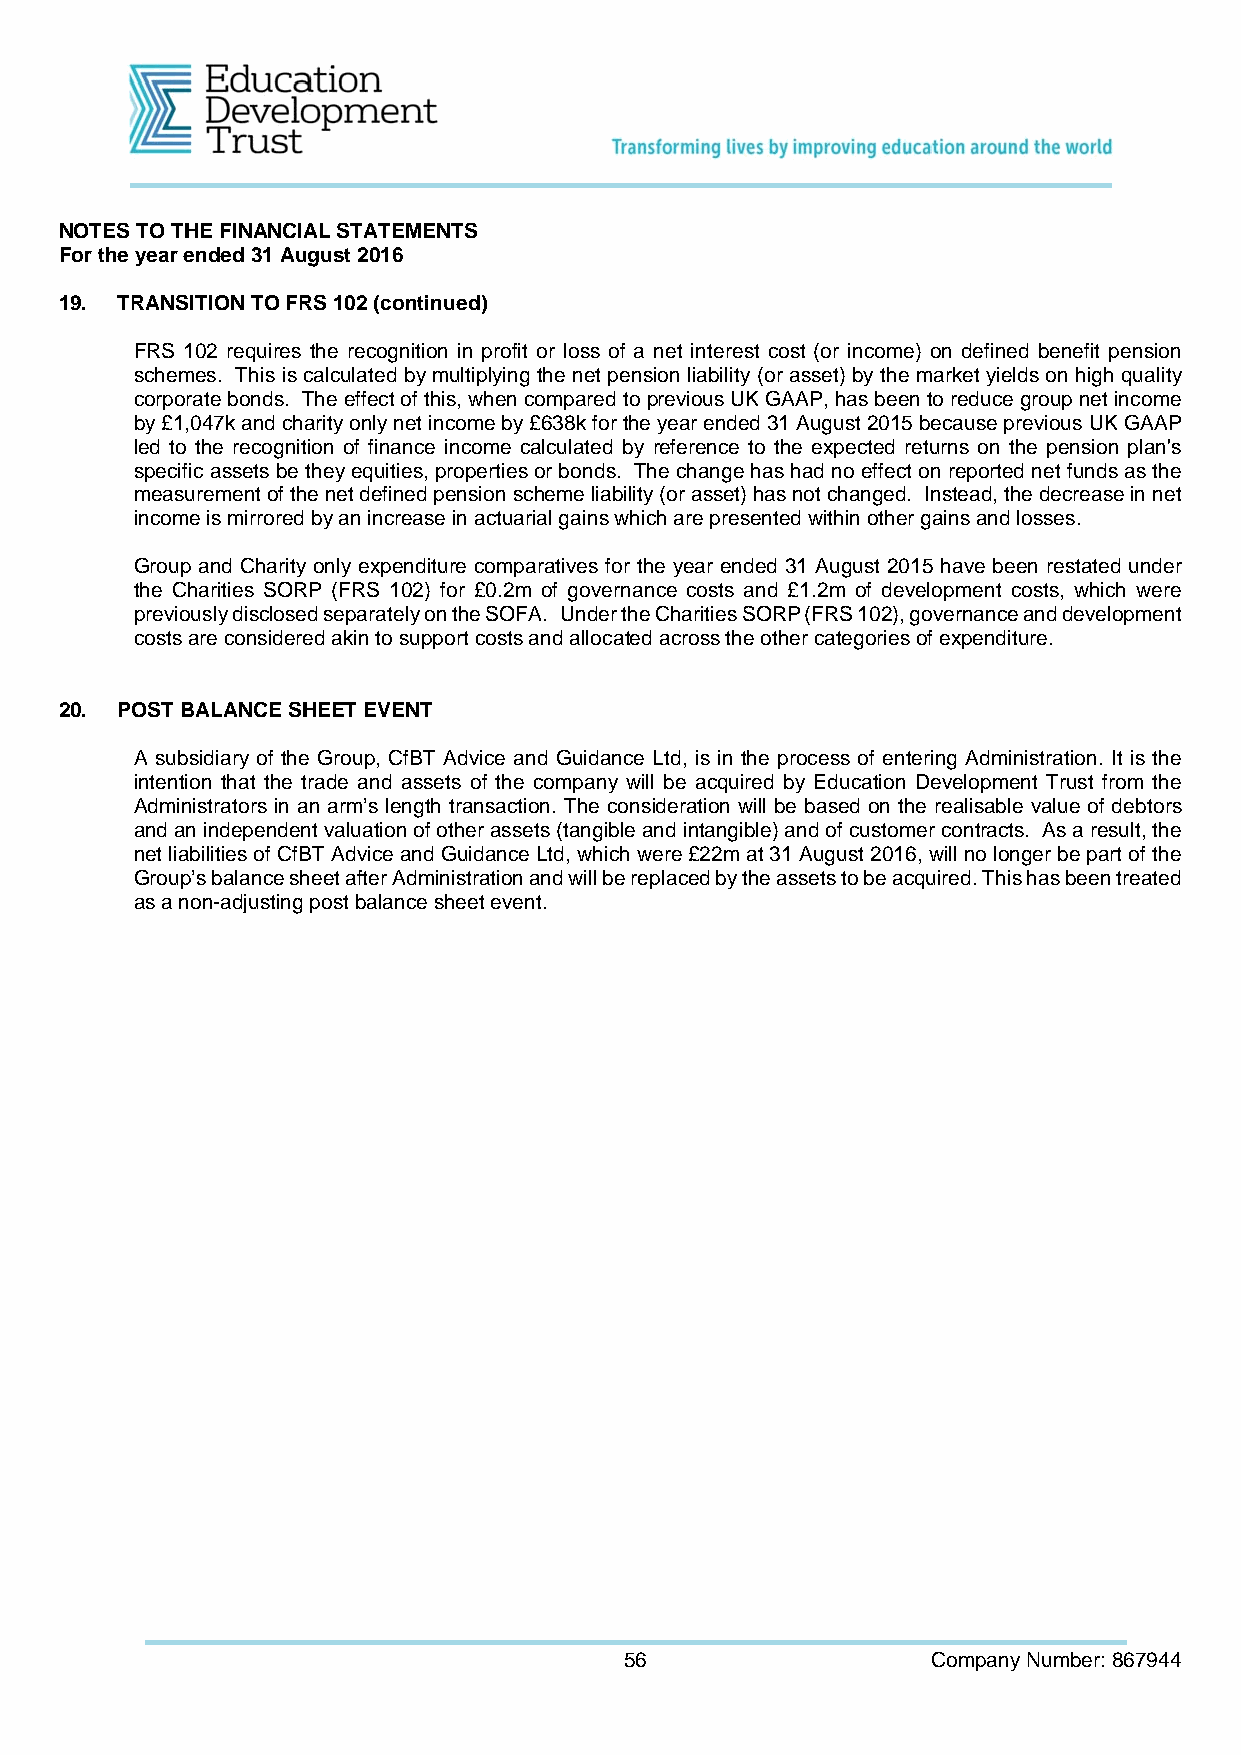
NOTES TO THE FINANCIAL STATEMENTS
 For the year ended 31 August 2016
 19. TRANSITION TO FRS 102 (continued)
 FRS 102 requires the recognition in profit or loss of a net interest cost (or income) on defined benefit pension
 schemes. This is calculated by multiplying the net pension liability (or asset) by the market yields on high quality
 corporate bonds. The effect of this, when compared to previous UK GAAP, has been to reduce group net income
 by £1,047k and charity only net income by £638k for the year ended 31 August 2015 because previous UK GAAP
 led to the recognition of finance income calculated by reference to the expected returns on the pension plan's
 specific assets be they equities, properties or bonds. The change has had no effect on reported net funds as the
 measurement of the net defined pension scheme liability (or asset) has not changed. Instead, the decrease in net
 income is mirrored by an increase in actuarial gains which are presented within other gains and losses.
 Group and Charity only expenditure comparatives for the year ended 31 August 2015 have been restated under
 the Charities SORP (FRS 102) for £0.2m of governance costs and £1.2m of development costs, which were
 previously disclosed separately on the SOFA. Under the Charities SORP (FRS 102), governance and development
 costs are considered akin to support costs and allocated across the other categories of expenditure.
 20. POST BALANCE SHEET EVENT
 A subsidiary of the Group, CfBT Advice and Guidance Ltd, is in the process of entering Administration. It is the
 intention that the trade and assets of the company will be acquired by Education Development Trust from the
 Administrators in an arm’s length transaction. The consideration will be based on the realisable value of debtors
 and an independent valuation of other assets (tangible and intangible) and of customer contracts. As a result, the
 net liabilities of CfBT Advice and Guidance Ltd, which were £22m at 31 August 2016, will no longer be part of the
 Group’s balance sheet after Administration and will be replaced by the assets to be acquired. This has been treated
 as a non-adjusting post balance sheet event.
 56                   Company Number: 867944